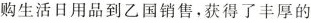
购生活日用品到乙国销售，获得了丰厚的